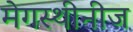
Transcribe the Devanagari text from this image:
मेगस्थीनीज